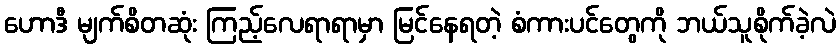
ဟောဒီ မျက်စိတဆုံး ကြည့်လေရာရာမှာ မြင်နေရတဲ့ စံကားပင်တွေကို ဘယ်သူစိုက်ခဲ့လဲ